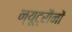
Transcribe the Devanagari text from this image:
न्यूट्रौनों